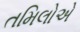
તમિલોએ